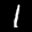
Label: 1